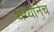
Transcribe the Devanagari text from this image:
थव्यानेच